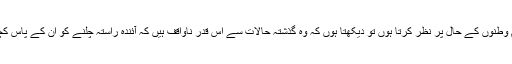
’’جب میں اپنے پیارے ہم وطنوں کے حال پر نظر کرتا ہوں تو دیکھتا ہوں کہ وہ گذشتہ حالات سے اس قدر ناواقف ہیں کہ آئندہ راستہ چلنے کو ان کے پاس کچھ بھی روشنی نہیں ہے ۔